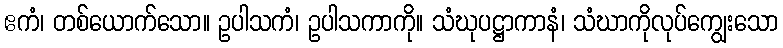
ဧကံ၊ တစ်ယောက်သော။ ဥပါသကံ၊ ဥပါသကာကို။ သံဃုပဋ္ဌာကာနံ၊ သံဃာကိုလုပ်ကျွေးသော